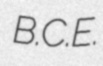
B.C.E.